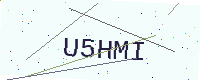
Text: U5HMI